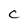
Character: C